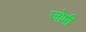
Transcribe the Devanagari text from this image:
जोषी